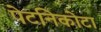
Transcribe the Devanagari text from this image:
पेटनिकोटा